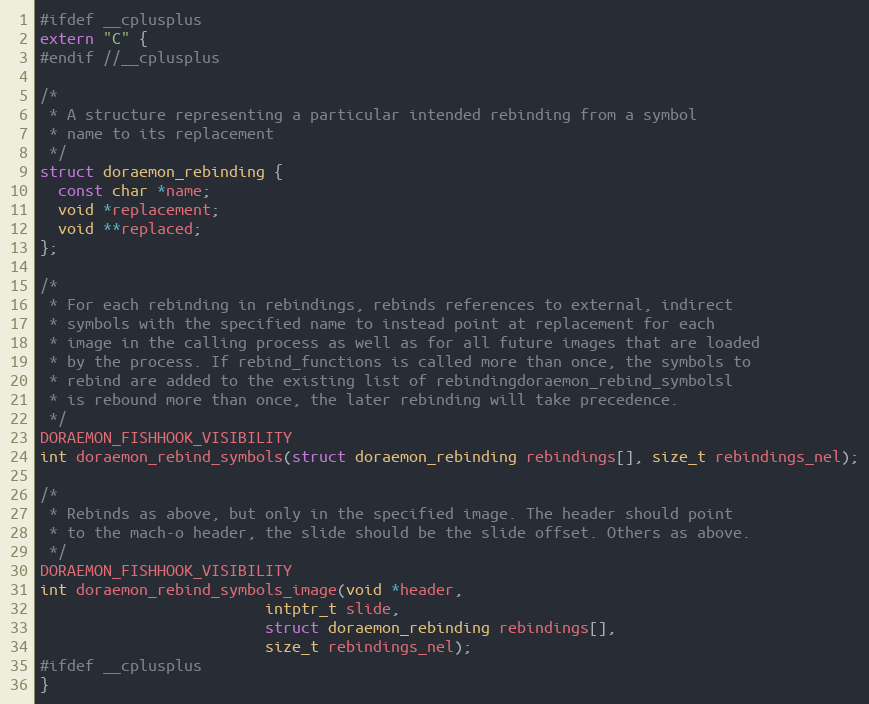
Language: C
#ifdef __cplusplus
extern "C" {
#endif //__cplusplus

/*
 * A structure representing a particular intended rebinding from a symbol
 * name to its replacement
 */
struct doraemon_rebinding {
  const char *name;
  void *replacement;
  void **replaced;
};

/*
 * For each rebinding in rebindings, rebinds references to external, indirect
 * symbols with the specified name to instead point at replacement for each
 * image in the calling process as well as for all future images that are loaded
 * by the process. If rebind_functions is called more than once, the symbols to
 * rebind are added to the existing list of rebindingdoraemon_rebind_symbolsl
 * is rebound more than once, the later rebinding will take precedence.
 */
DORAEMON_FISHHOOK_VISIBILITY
int doraemon_rebind_symbols(struct doraemon_rebinding rebindings[], size_t rebindings_nel);

/*
 * Rebinds as above, but only in the specified image. The header should point
 * to the mach-o header, the slide should be the slide offset. Others as above.
 */
DORAEMON_FISHHOOK_VISIBILITY
int doraemon_rebind_symbols_image(void *header,
                         intptr_t slide,
                         struct doraemon_rebinding rebindings[],
                         size_t rebindings_nel);
#ifdef __cplusplus
}